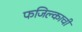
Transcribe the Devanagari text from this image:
फजिल्काची